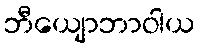
ဘီယျောဘာဝါယ